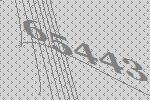
65443